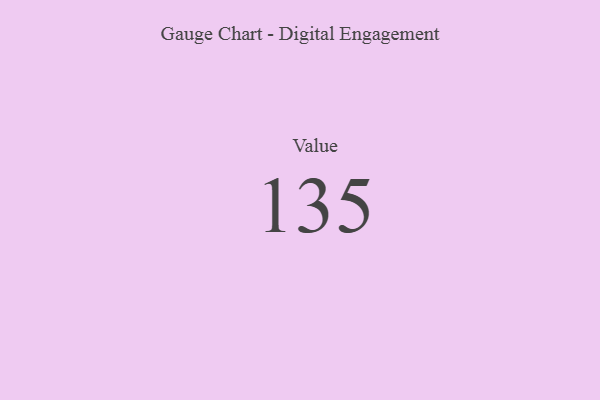
{"axis": {"x": "Metric", "y": "Value"}, "legend": [""], "data": [{"x": "Value", "y": 135, "type": ""}]}